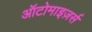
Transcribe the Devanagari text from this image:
ऑटोमाइज़र्स